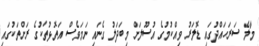
މާލެ ސަރަހައްދުގައި ޑޮލަރު ވިއްކުމުގެ އުސޫލަށް މިބަދަލު ގެނައި ނަމަވެސް އަތޮޅުތަކުގެ ރަށްތަކުގައި